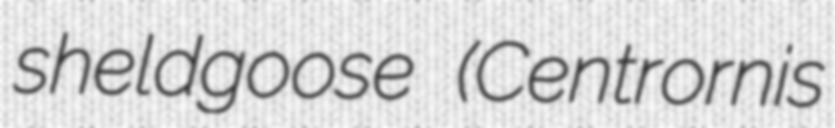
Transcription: sheldgoose (Centrornis